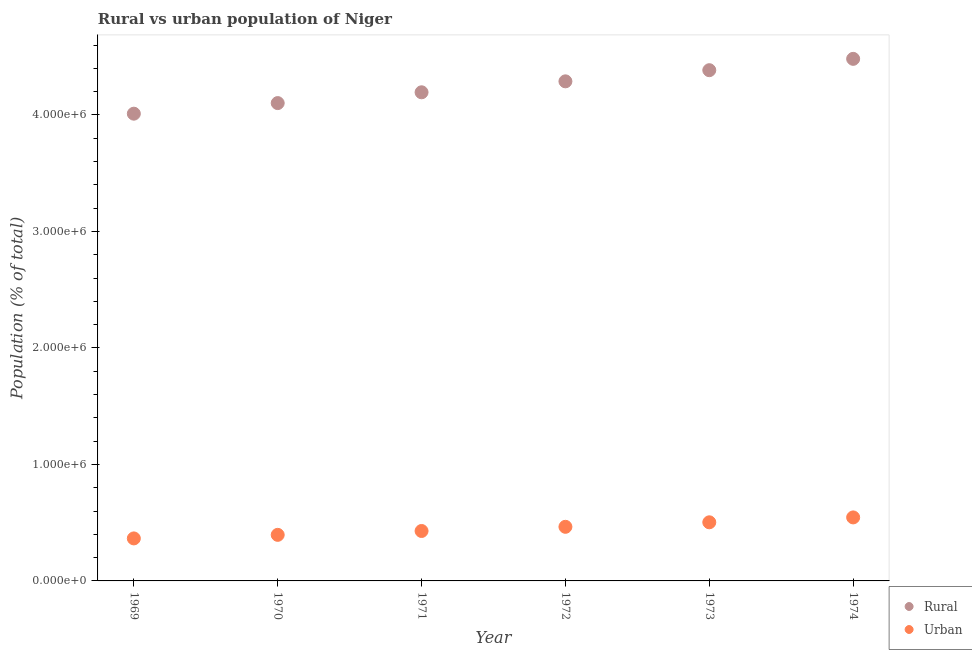
| Year | Rural | Urban |
 | --- | --- | --- |
 | 1969 | 4.01e+06 | 3.65e+05 |
 | 1970 | 4.1e+06 | 3.95e+05 |
 | 1971 | 4.19e+06 | 4.29e+05 |
 | 1972 | 4.29e+06 | 4.64e+05 |
 | 1973 | 4.38e+06 | 5.03e+05 |
 | 1974 | 4.48e+06 | 5.45e+05 |